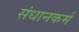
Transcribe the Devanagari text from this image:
संधानकर्म